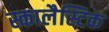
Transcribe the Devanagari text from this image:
स्कालैस्टिक